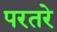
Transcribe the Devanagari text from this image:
परतरे